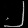
Digit: ၂